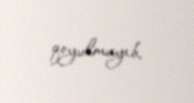
qoyulmayıb.